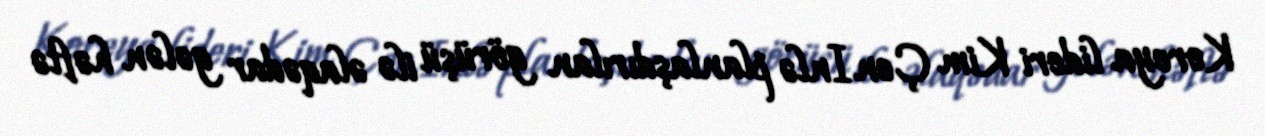
Koreya lideri Kim Çen Inlə planlaşdırılan görüşü ilə əlaqədar gələn həftə